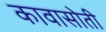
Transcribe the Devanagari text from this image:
कावासोती